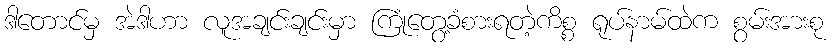
ဒါတောင်မှ အဲဒါဟာ လူအချင်းချင်းမှာ ကြုံတွေ့ခံစားရတဲ့ကိစ္စ ရုပ်နာမ်ထဲက စွမ်းအားစု